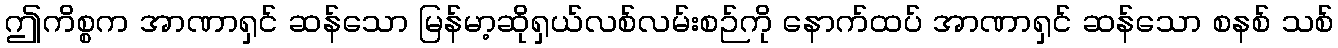
ဤကိစ္စက အာဏာရှင် ဆန်သော မြန်မာ့ဆိုရှယ်လစ်လမ်းစဉ်ကို နောက်ထပ် အာဏာရှင် ဆန်သော စနစ် သစ်